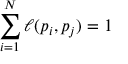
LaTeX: \sum _ { i = 1 } ^ { N } \ell ( p _ { i } , p _ { j } ) = 1